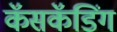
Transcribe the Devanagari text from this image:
कॅसकॅडिंग